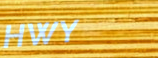
HWY